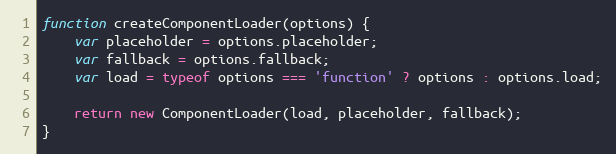
Language: JavaScript
function createComponentLoader(options) {
    var placeholder = options.placeholder;
    var fallback = options.fallback;
    var load = typeof options === 'function' ? options : options.load;

    return new ComponentLoader(load, placeholder, fallback);
}